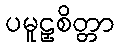
ပမူဠှစိတ္တာ